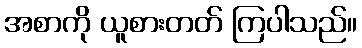
အစာကို ယူစားတတ် ကြပါသည်။